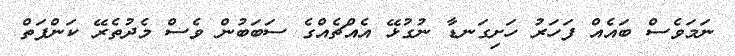
ނަމަވެސް ބައެއް ފަހަރު ހަށިގަނޑާ ނުގުޅޭ އެއްޗެއްގެ ސަބަބުން ވެސް މެދުތެރޭ ކަންފަތް